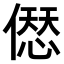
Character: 𠍴